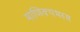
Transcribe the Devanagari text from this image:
माणिक्यभस्म